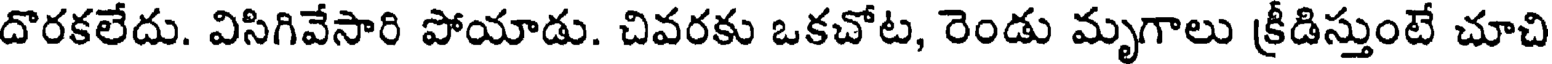
దొరకలేదు. విసిగివేసారి పోయాడు. చివరకు ఒకచోట, రెండు మృగాలు క్రీడిస్తుంటే చూచి